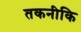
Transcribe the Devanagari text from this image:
तकनीकि